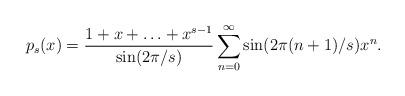
LaTeX: \begin{align*} p_s (x) = \frac{1 + x + \ldots + x^{s - 1}}{\sin (2 \pi / s)} \sum_{n = 0}^{\infty} \sin (2 \pi (n + 1) / s) x^n . \end{align*}